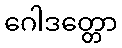
ဂေါဒတ္တော